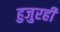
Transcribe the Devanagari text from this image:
हुजुरही